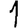
Digit: 1